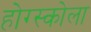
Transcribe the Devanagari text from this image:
होग्स्कोला